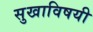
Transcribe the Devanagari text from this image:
सुखाविषयी